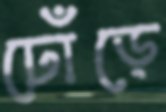
ঢোঁড়ে